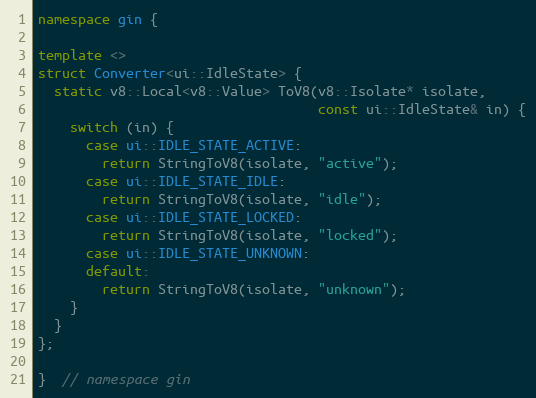
Language: C++
namespace gin {

template <>
struct Converter<ui::IdleState> {
  static v8::Local<v8::Value> ToV8(v8::Isolate* isolate,
                                   const ui::IdleState& in) {
    switch (in) {
      case ui::IDLE_STATE_ACTIVE:
        return StringToV8(isolate, "active");
      case ui::IDLE_STATE_IDLE:
        return StringToV8(isolate, "idle");
      case ui::IDLE_STATE_LOCKED:
        return StringToV8(isolate, "locked");
      case ui::IDLE_STATE_UNKNOWN:
      default:
        return StringToV8(isolate, "unknown");
    }
  }
};

}  // namespace gin